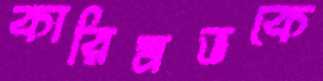
কারিমভকে